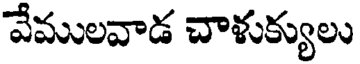
వేములవాడ చాళుక్యులు